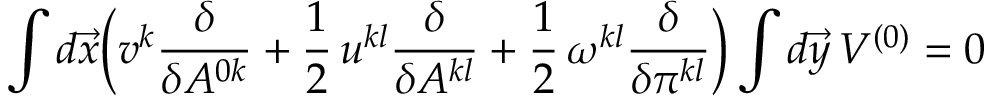
\int d \vec { x } \biggl ( v ^ { k } \frac { \delta } { \delta A ^ { 0 k } } + \frac { 1 } { 2 } \, u ^ { k l } \frac { \delta } { \delta A ^ { k l } } + \frac { 1 } { 2 } \, \omega ^ { k l } \frac { \delta } { \delta \pi ^ { k l } } \biggr ) \int d \vec { y } \, V ^ { ( 0 ) } = 0